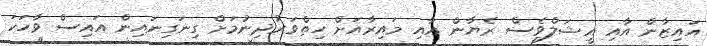
އައިޒާން އާއި އީޝަލްވެސް ރެޔާން އާއި މައިރާއަށް ހިތްވަރުދިނުމަށް ގިނަގިނައިން އައިސް ވާހަކަ